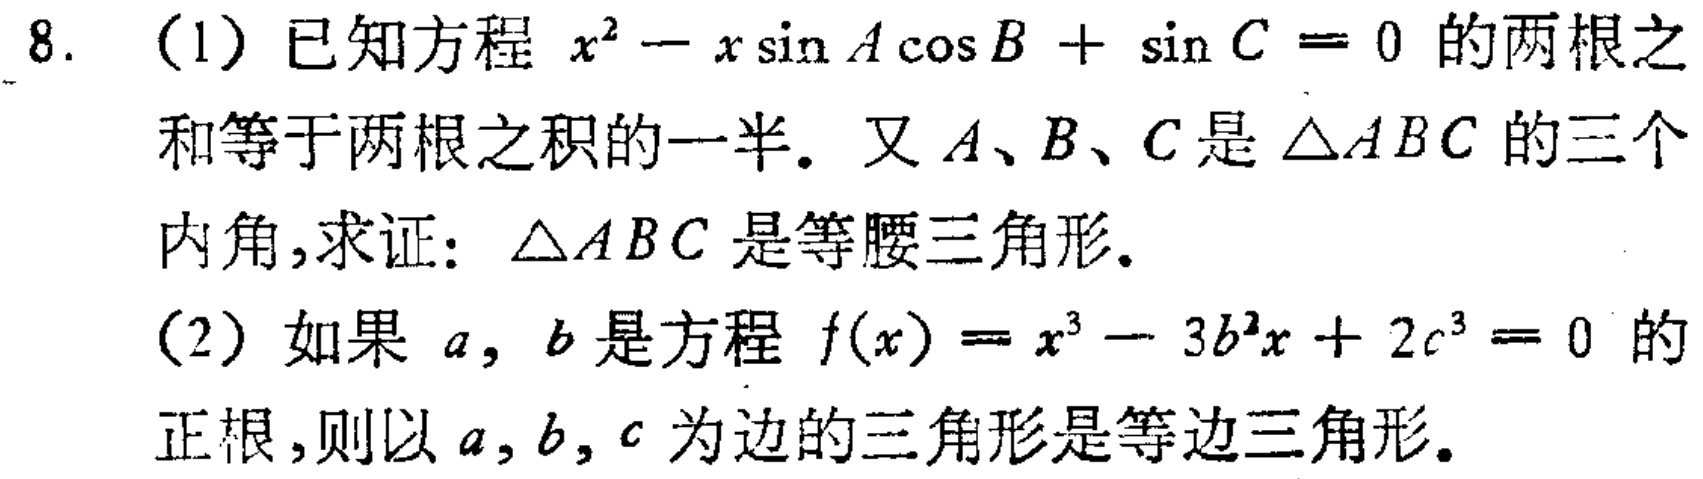
8. (1) 已知方程 \(x^{2}-x\sin A\cos B+\sin C = 0\) 的两根之和等于两根之积的一半。又 \(A\)、\(B\)、\(C\) 是 \(\triangle ABC\) 的三个内角，求证：\(\triangle ABC\) 是等腰三角形。
(2) 如果 \(a\)，\(b\) 是方程 \(f(x)=x^{3}-3b^{2}x + 2c^{3}=0\) 的正根，则以 \(a\)，\(b\)，\(c\) 为边的三角形是等边三角形。